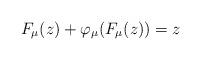
LaTeX: \begin{align*}F_{\mu}(z)+\varphi_{\mu}(F_{\mu}(z))=z\end{align*}